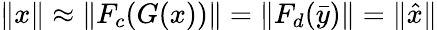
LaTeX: \lVert x\rVert\approx\lVert F_{c}(G(x))\rVert=\lVert F_{d}(\bar{y})\rVert=\lVert\hat{x}\rVert